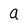
Character: a